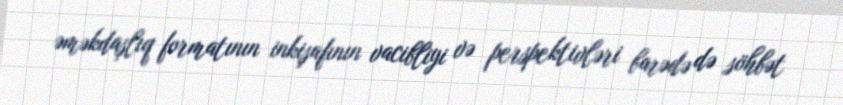
əməkdaşlıq formatının inkişafının vacibliyi və perspektivləri barədə də söhbət